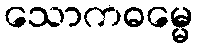
သောကဓမ္မေ